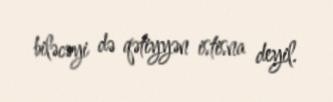
biləcəyi də qətiyyən istisna deyil.